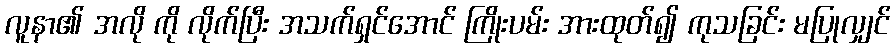
လူနာ၏ အလို ကို လိုက်ပြီး အသက်ရှင်အောင် ကြိုးပမ်း အားထုတ်၍ ကုသခြင်း မပြုလျှင်